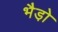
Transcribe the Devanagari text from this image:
भैडो़